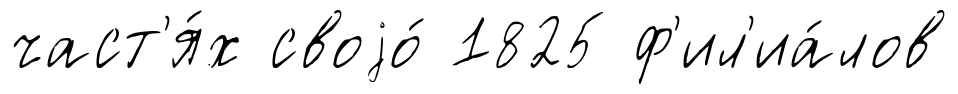
част'я́х своjо́ 1825 ф'ил'иа́лов